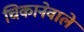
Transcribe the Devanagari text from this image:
चिकानेवाले